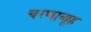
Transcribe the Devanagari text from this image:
चरणाव्यूह